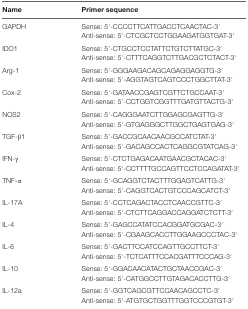
| Name | Primer sequence |
 | --- | --- |
 | <ROWSPAN=2> GAPDH | Sense: 5′-CCCCTTCATTGACCTCAACTAC-3′ |
 | Anti-sense: 5′-CTCGCTCCTGGAAGATGGTGAT-3′ |
 | <ROWSPAN=2> IDO1 | Sense: 5′-CTGCCTCCTATTCTGTCTTATGC-3′ |
 | Anti-sense: 5′-CTTTCAGGTCTTGACGCTCTACT-3′ |
 | <ROWSPAN=2> Arg-1 | Sense: 5′-GGGAAGACAGCAGAGGAGGTG-3′ |
 | Anti-sense: 5′-AGGTAGTCAGTCCCTGGCTTAT-3′ |
 | <ROWSPAN=2> Cox-2 | Sense: 5′-GATAACCGAGTCGTTCTGCCAAT-3′ |
 | Anti-sense: 5′-CCTGGTCGGTTTGATGTTACTG-3′ |
 | <ROWSPAN=2> NOS2 | Sense: 5′-CAGGGAATCTTGGAGCGAGTTG-3′ |
 | Anti-sense: 5′-GTGAGGGCTTGGCTGAGTGAG-3′ |
 | <ROWSPAN=2> TGF-β1 | Sense: 5′-GACCGCAACAACGCCATCTAT-3′ |
 | Anti-sense: 5′-GACAGCCACTCAGGCGTATCAG-3′ |
 | <ROWSPAN=2> IFN-γ | Sense: 5′-CTCTGAGACAATGAACGCTACAC-3′ |
 | Anti-sense: 5′-CCTTTTGCCAGTTCCTCCAGATAT-3′ |
 | <ROWSPAN=2> TNF-α | Sense: 5′-GCAGGTCTACTTTGGAGTCATTG-3′ |
 | Anti-sense: 5′-CAGGTCACTGTCCCAGCATCT-3′ |
 | <ROWSPAN=2> IL-17A | Sense: 5′-CCTCAGACTACCTCAACCGTTC-3′ |
 | Anti-sense: 5′-CTCTTCAGGACCAGGATCTCTT-3′ |
 | <ROWSPAN=2> IL-4 | Sense: 5′-GAGCCATATCCACGGATGCGAC-3′ |
 | Anti-sense: 5′-CGAAGCACCTTGGAAGCCCTAC-3′ |
 | <ROWSPAN=2> IL-6 | Sense: 5′-GACTTCCATCCAGTTGCCTTCT-3′ |
 | Anti-sense: 5′-TCTCATTTCCACGATTTCCCAG-3′ |
 | <ROWSPAN=2> IL-10 | Sense: 5′-GGACAACATACTGCTAACCGAC-3′ |
 | Anti-sense: 5′-CATGGCCTTGTAGACACCTTG-3′ |
 | <ROWSPAN=2> IL-12a | Sense: 5′-GGTCAGCGTTCCAACAGCCTC-3′ |
 | Anti-sense: 5′-ATGTGCTGGTTTGGTCCCGTGT-3′ |